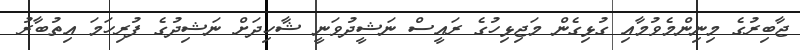
ޖާބިރުގެ މިނިންމެވުމާއި ގުޅިގެން މަޖިޅިހުގެ ރައީސް ނަޝީދުވަނީ ޝާހިދަށް ނަޝިދުގެ ފުރިހަމަ އިތުބާރު